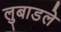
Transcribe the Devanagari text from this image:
लुबाडले